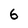
Character: 6